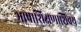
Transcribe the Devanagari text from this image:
भाषाशिक्षणाशिवय